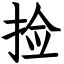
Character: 捡